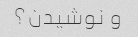
و نوشیدن؟